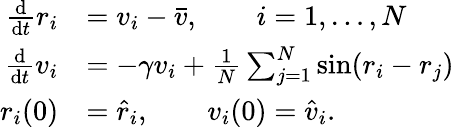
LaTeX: \begin{array}{rl}{\frac{\mathrm d}{\mathrm dt}r_{i}}&{=v_{i}-\bar{v},\qquad i=1,\dots,N}\\ {\frac{\mathrm d}{\mathrm dt}v_{i}}&{=-\gamma v_{i}+\frac{1}{N}\sum_{j=1}^{N}\sin(r_{i}-r_{j})}\\ {r_{i}(0)}&{=\hat{r}_{i},\qquad v_{i}(0)=\hat{v}_{i}.}\end{array}